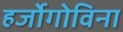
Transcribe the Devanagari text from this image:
हर्जोगोविना